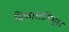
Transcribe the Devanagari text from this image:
विकासाभिमुख